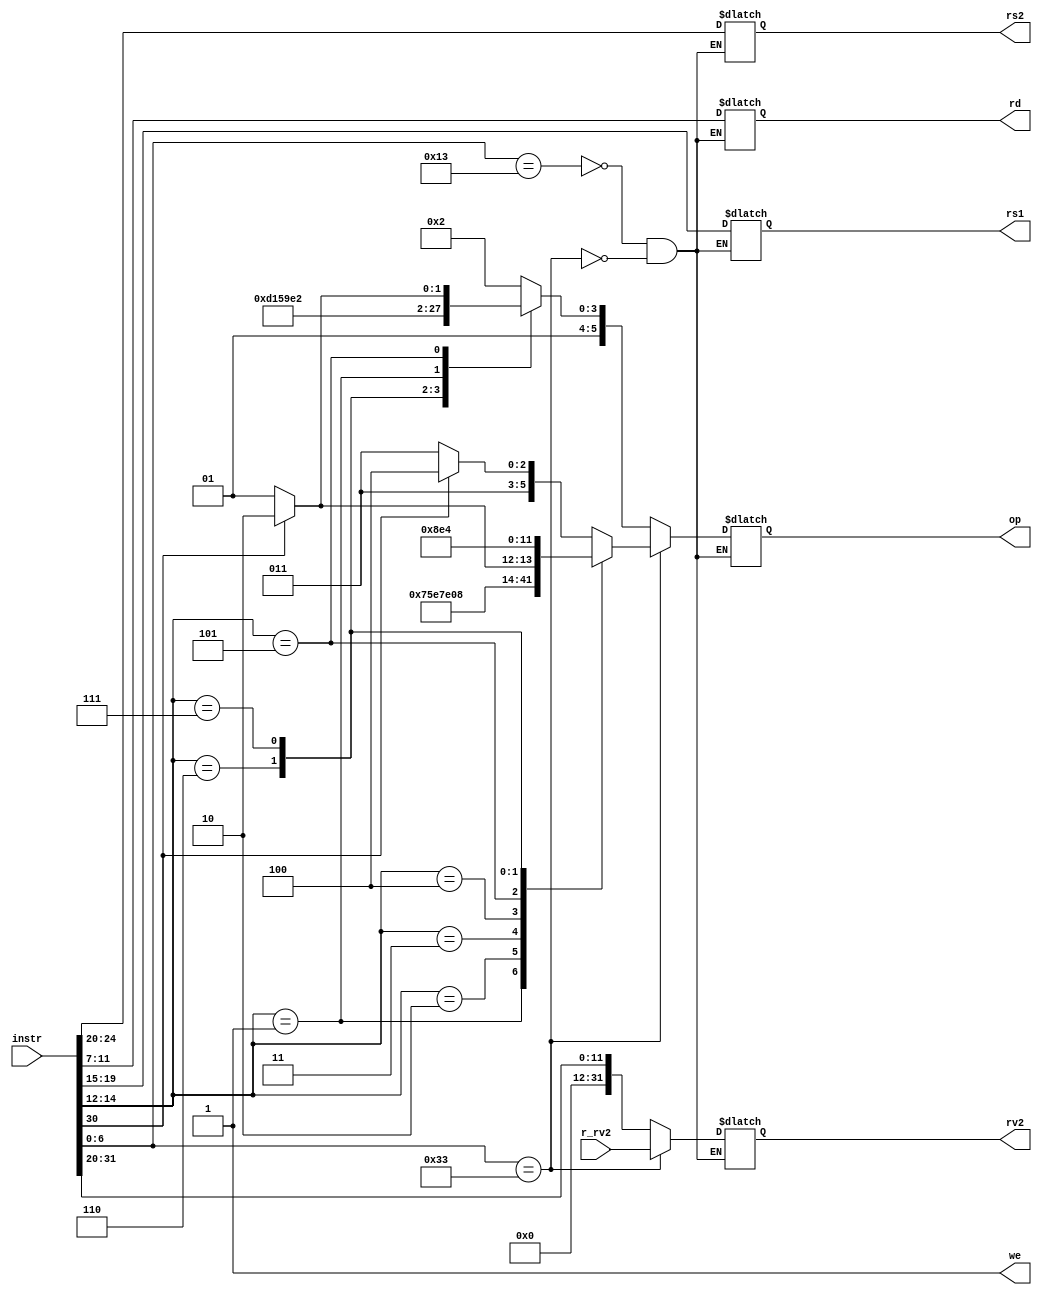
module dummydecoder(
    input [31:0] instr,  // Full 32-b instruction
    output reg [5:0] op,     // some operation encoding of your choice
    output reg [4:0] rs1,    // First operand
    output reg [4:0] rs2,    // Second operand
    output reg [4:0] rd,     // Output reg
    input  [31:0] r_rv2, // From RegFile
    output reg [31:0] rv2,   // To ALU
    output we            // Write to reg
);
    //Opcodes have been given in the order they appear in the risc-spec manual for the RV32I Base Instr. Set
    //eg. opcode 18 corresponds to the 18 instr. from the table
    
    always @(instr or r_rv2) begin
        case(instr[6:0])  // checks whether its a Reg-Immediate Instr(I type)
            7'b0010011:begin
                rd<=instr[11:7];
                rs1<=instr[19:15];
                rs2<=instr[24:20];
                rv2<=instr[31:20];  // rv2-> last 12 bits of instr.
                case(instr[14:12])
                    3'b000: op <= 18;
					3'b010: op <= 19;
					3'b011: op <= 20;
					3'b100: op <= 21;
					3'b110: op <= 22;
					3'b111: op <= 23;
					3'b001: op <= 24;
					3'b101: 
						case(instr[30])
							1'b0: op = 25;
							1'b1: op = 26;		
						endcase
				endcase
            end
            7'b0110011:begin  // checks whether its a Reg-Reg Instr(R type)
                rd<=instr[11:7];
                rs1<=instr[19:15];
                rs2<=instr[24:20];
                rv2<=r_rv2;  // rv2-> is looked up from memarr in regfile.v
				case(instr[14:12])
					3'b000: 
						case(instr[30])
							1'b0: op <= 27;
							1'b1: op <= 28;	
						endcase
					3'b001: op <= 29;
					3'b010: op <= 30;
					3'b011: op <= 31;
					3'b100: op <= 32;
					3'b101: 
						case(instr[30])
							1'b0: op <= 33;
							1'b1: op <= 34;	
						endcase
					3'b110: op <= 35;
					3'b111: op <= 36;
				endcase
            end
        endcase
    end      
    assign we = 1;      // For only ALU ops, can always set to 1
    

endmodule



// module dummydecoder(
//     input [31:0] instr,  // Full 32-b instruction
//     output [5:0] op,     // some operation encoding of your choice
//     output [4:0] rs1,    // First operand
//     output [4:0] rs2,    // Second operand
//     output [4:0] rd,     // Output reg
//     input  [31:0] r_rv2, // From RegFile
//     output [31:0] rv2,   // To ALU
//     output we            // Write to reg
// );

//     assign op = 'h0;
//     assign rs1 = 'h0;
//     assign rs2 = 'h0;
//     assign rd = 'h0;
//     assign we = 1;      // For only ALU ops, can always set to 1
//     assign rv2 = 'h0;   // Should send either the value from the RegFile or the Imm value from Instr

// endmodule